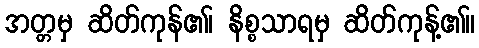
အတ္တမှ ဆိတ်ကုန်၏၊ နိစ္စသာရမှ ဆိတ်ကုန့်၏။